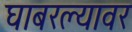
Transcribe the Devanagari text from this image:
घाबरल्यावर